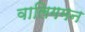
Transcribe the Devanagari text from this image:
वालिगमन